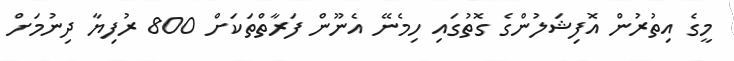
މީގެ އިތުރުން އޮފިޝަލުންގެ ގޮތުގައި ހިމެނޭ އެނޫން ފަރާތްތަކަށް 800 ރުފިޔާ ދިނުމަށް